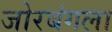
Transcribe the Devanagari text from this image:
जोरबंगला